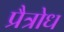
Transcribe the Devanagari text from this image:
प्रैत्रोध